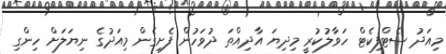
މިއަދު ސެޓްފިކެޓް ހަވާލުކުރީ މިދިޔަ އާދިއްތަ ދުވަހުން ފެށިގެން މިއަދުގެ ނިޔަލަށް ހިންގި